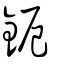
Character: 鈪